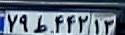
۷۹ط۴۴۲۱۳